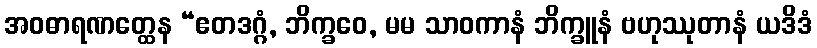
အဝဓာရဏတ္ထေန “ဧတဒဂ္ဂံ, ဘိက္ခဝေ, မမ သာဝကာနံ ဘိက္ခူနံ ဗဟုဿုတာနံ ယဒိဒံ